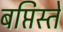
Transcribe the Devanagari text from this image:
बप्तिस्ते